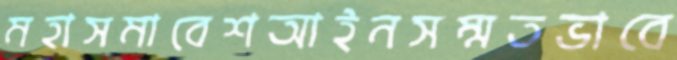
মহাসমাবেশআইনসম্মতভাবে